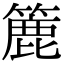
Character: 簏